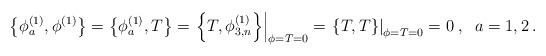
LaTeX: \begin{align*}\left\{ \phi _{a}^{(1)},\phi ^{(1)}\right\} =\left\{ \phi_{a}^{(1)},T\right\} =\left. \left\{ T,\phi _{3,n}^{(1)}\right\} \right|_{\phi =T=0}=\left. \left\{ T,T\right\} \right| _{\phi =T=0}=0\;,\;\;a=1,2\,.\end{align*}